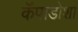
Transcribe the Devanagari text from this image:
कॅपाडोशा